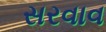
સરવાવ